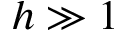
h \gg 1